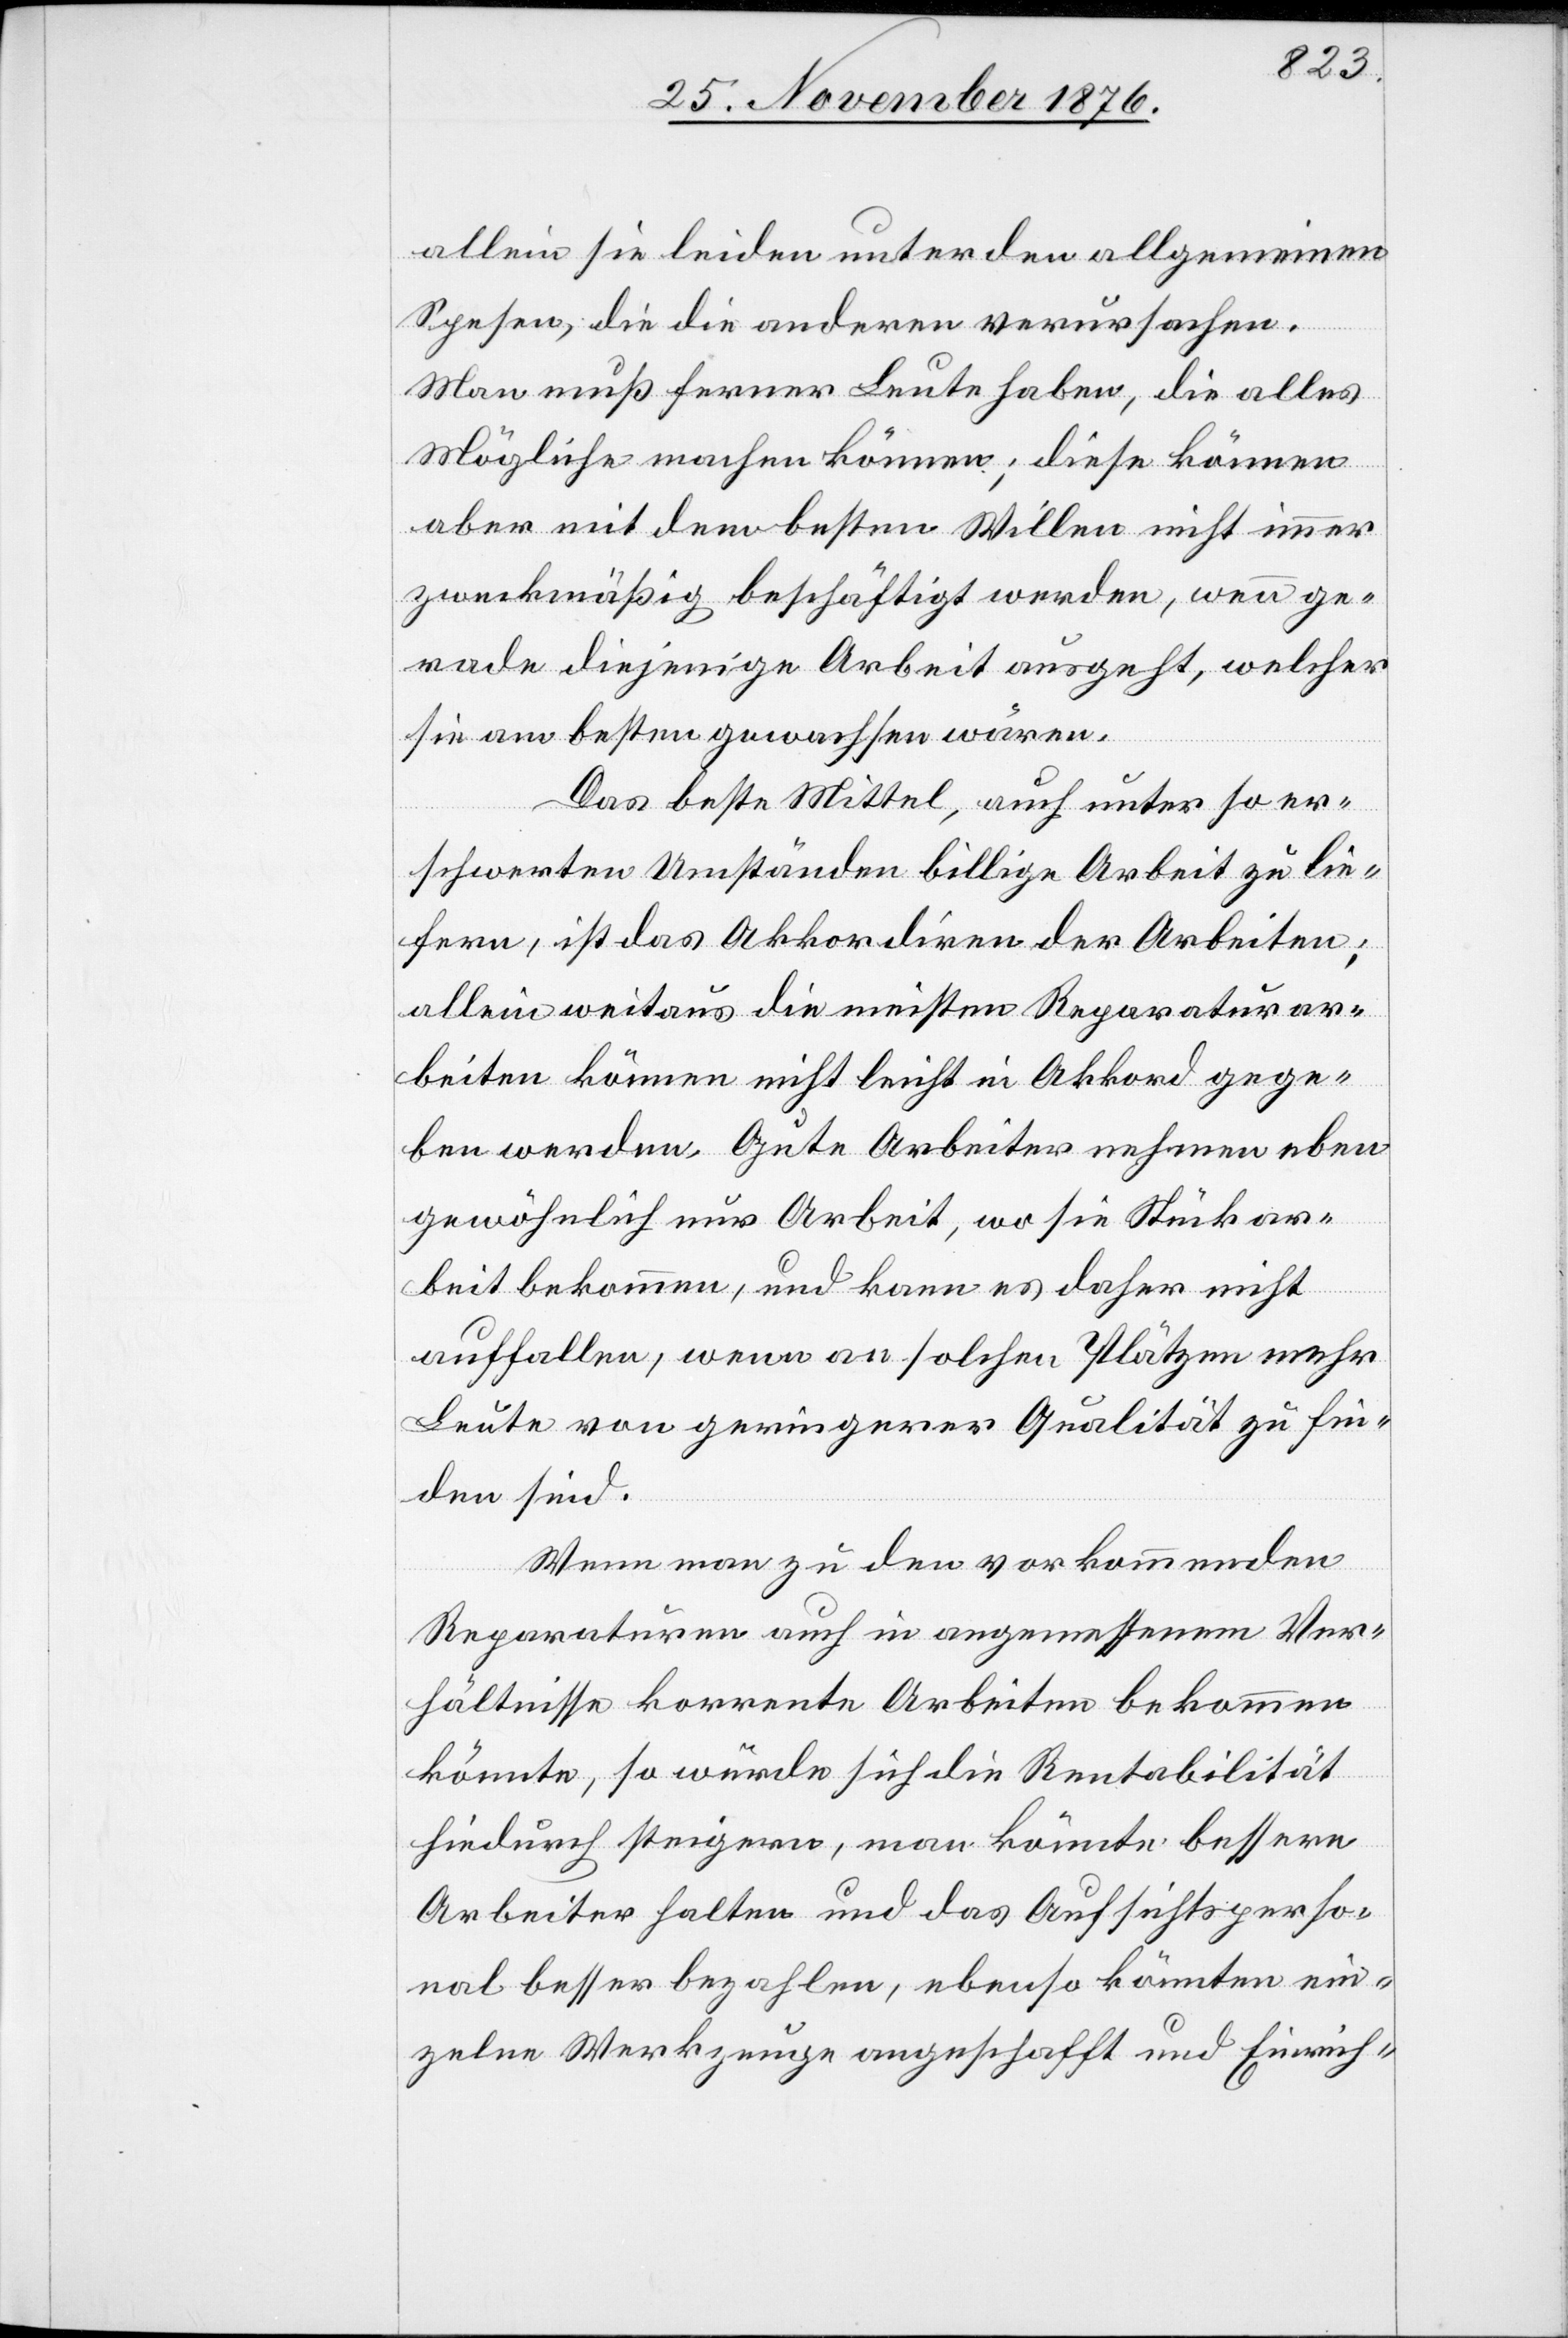
allein sie leiden unter den allgemeinen
Spesen, die die andern verursachen.
Man muß ferner Leute haben, die alles
Mögliche machen können; diese können
aber mit dem besten Willen nicht immer
zweckmäßig beschäftigt werden, wenn ge¬
rade diejenige Arbeit ausgeht, welcher
sie am besten gewachsen wären.
Das beste Mittel auch unter so er¬
schwerten umständen billige Arbeit zu lie¬
fern, ist das Akkordiren der Arbeiten;
allein weitaus die meisten Reparaturar¬
beiten können nicht leicht in Akkord gege¬
ben werden. Gute Arbeiter nehmen eben
gewöhnlich nur Arbeit, wo sie Stückar¬
beit bekommen, und kann es daher nicht
auffallen, wenn an solchen Plätzen mehr
Leute von geringerer Qualität zu fin¬
den sind.
Wenn man zu den vorkommenden
Reparaturen auch in angemessenem Ver¬
hältnisse korrente Arbeiten bekommen
könnte, so würde sich die Rentabilität
hiedurch steigern, man könnte bessere
Arbeiter halten und das Aufsichtsperso¬
nal besser bezahlen, ebenso könnten ein¬
zelne Werkzeuge angeschafft und Einrich-